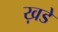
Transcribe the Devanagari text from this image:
ख़डे